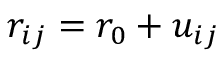
\begin{array} { r } { r _ { i j } = r _ { 0 } + u _ { i j } } \end{array}